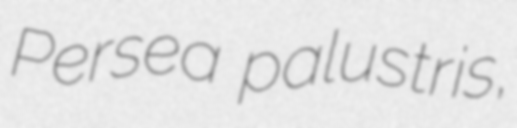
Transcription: Persea palustris,